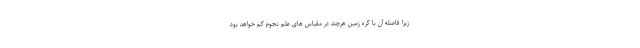
زیرا فاصله آن با کره زمین هرچند در مقیاس های علم نجوم کم خواهد بود